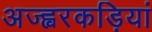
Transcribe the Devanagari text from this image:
अज्ह्वरकड़ियां